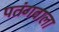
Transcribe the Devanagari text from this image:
पतंगवाला